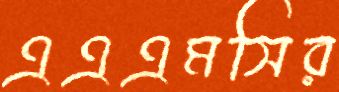
এএএমসির